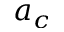
a _ { c }